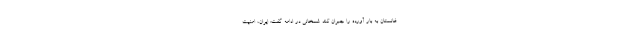
غانستان به بار آورده را جبران کند. شمخانی در ادامه گفت: ایران، امنیت